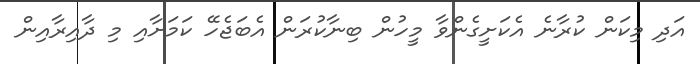
އަދި މިކަން ކުރާނެ އެކަށީގެންވާ މީހުން ބިނާކުރަން އެބަޖެހޭ ކަމަށާއި މި ދާއިރާއިން